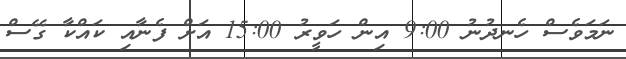
ނަމަވެސް ހެނދުނު 9:00 އިން ހަވީރު 15:00 އަށް ފެނާއި ކައްކާ ގޭސް